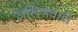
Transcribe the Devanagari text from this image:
जखिणवाडी